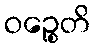
ဝဉ္စေတိ